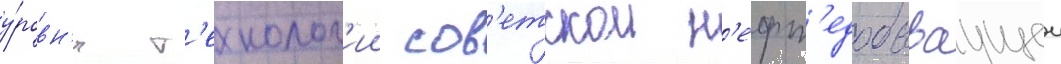
у́ровн'я т'ехнолог'ии сов'етскои н'ефт'едобываущеи